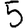
Digit: 5